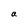
Character: a